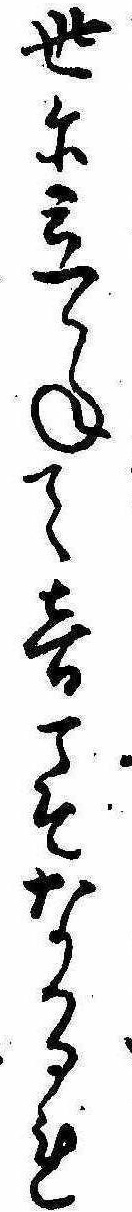
世に立かねて音こそなかるれ